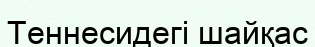
Теннесидегі шайқас